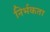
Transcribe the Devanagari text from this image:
निर्भकता